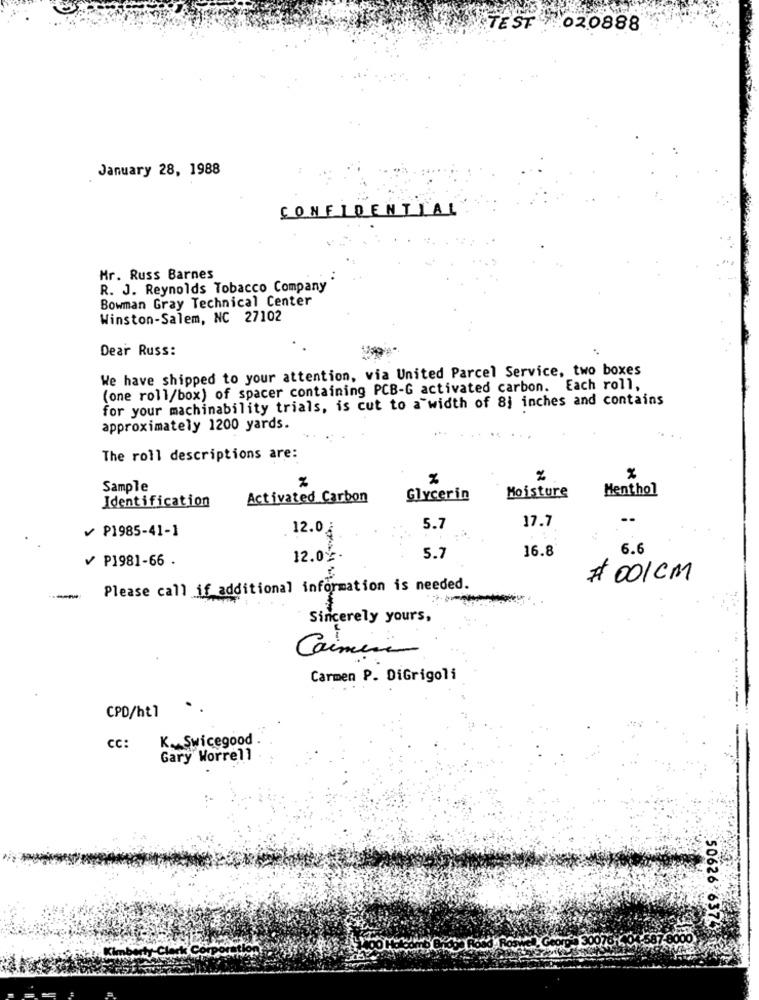
TEST 02.0888
January 28, 1988
CONFIDENTIAL
Mr. Russ Barnes
R. J. Reynolds Tobacco Company
Bowman Gray Technical Center
Winston-Salem, NC 27102
Dear Russ:
We have shipped to your attention, via United Parcel Service, two boxes
(one roll/box) of spacer containing PCB-G activated carbon. Each roll,
for your machinability trials, is cut to a width of 8j inches and contains
approximately 1200 yards.
The roll descriptions are:
Sample
Moisture
Menthol
Identification
Activated Carbon
Glycerin
₱1985-41-1
12.0
5.7
17.7
16.8
6.6
P1981-66 .
12.0% .
5.7
# 001 CM
Please call if additional information is needed.
--
Sincerely yours,
Caimina
Carmen P. DiGrigoli
CPD/ht1
CC: KSwicegood
Gary Worrell
50626 637